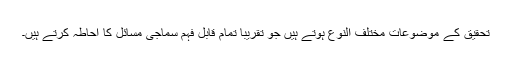
تحقیق کے موضوعات مختلف النوع ہوتے ہیں جو تقریباً تمام قابل فہم سماجی مسائل کا احاطہ کرتے ہیں۔